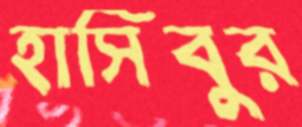
হাসিবুর